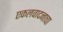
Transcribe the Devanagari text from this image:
एकलवादनाचा